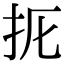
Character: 𢪦